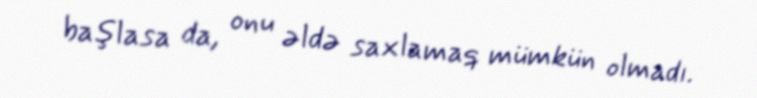
başlasa da, onu əldə saxlamaq mümkün olmadı.